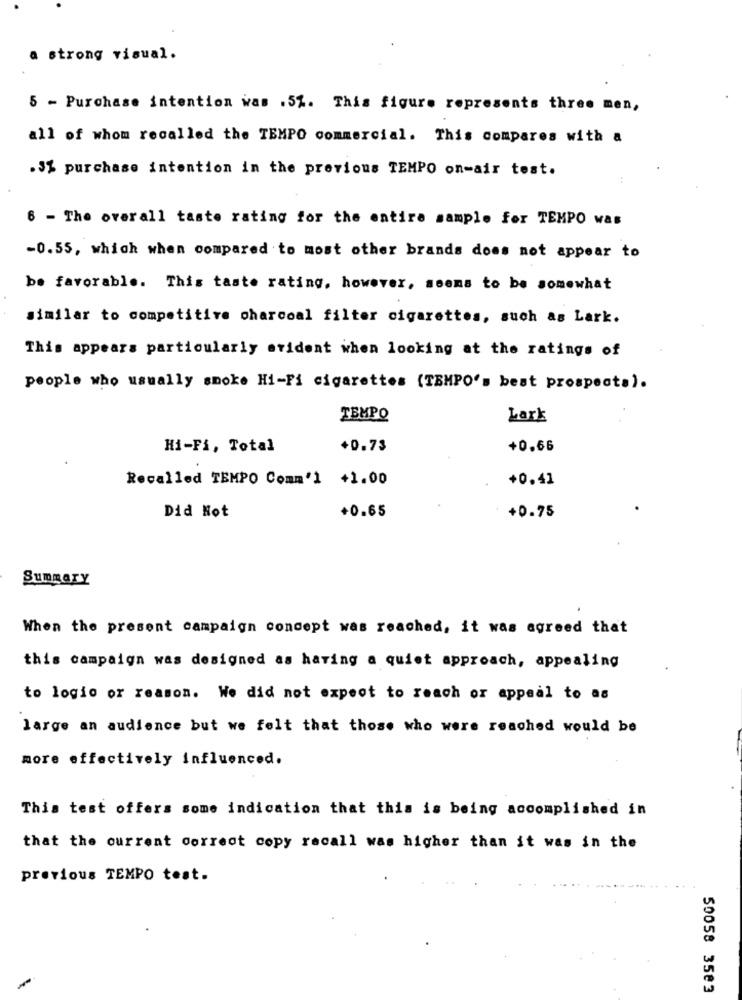
a strong visual.
5 - Purchase intention was .5%. This figure represents three men,
all of whom recalled the TEMPO commercial. This compares with a
.3% purchase intention in the previous TEMPO on-air test.
6 - The overall taste rating for the entire sample for TEMPO was
-0.55, which when compared to most other brands does not appear to
be favorable. This taste rating, however, seems to be somewhat
similar to competitive charcoal filter cigarettes, such as Lark.
This appears particularly evident when looking at the ratings of
people who usually smoke Hi-Fi cigarettes (TEMPO'= best prospects).
TEMPO
Lark
Hi-Fi, Total
+0.73
+0.66
Recalled TEMPO Comm'1 +1.00
+0.41
+0.65
Did Not
+0.75
Summary
When the present campaign concept was reached, it was agreed that
this campaign was designed as having a quiet approach, appealing
to logio or reason. We did not expect to reach or appeal to as
large an audience but we felt that those who were reached would be
more effectively influenced.
This test offers some indication that this is being accomplished in
that the current correct copy recall was higher than it was in the
previous TEMPO test.
50058 3583